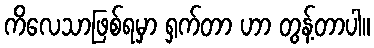
ကိလေသာဖြစ်ရမှာ ရှက်တာ ဟာ တွန့်တာပါ။